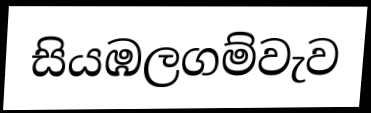
සියඹලගම්වැව